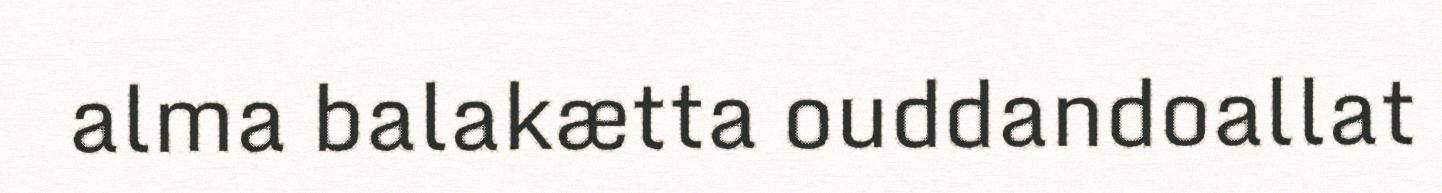
alma balakætta ouddandoallat